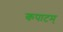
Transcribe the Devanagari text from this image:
कपाटम्